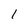
Character: 1